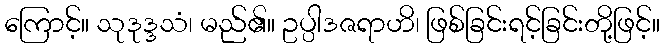
ကြောင့်။ သုဒုဒ္ဒသံ၊ မည်၏။ ဥပ္ပါဒဇရာဟိ၊ ဖြစ်ခြင်းရင့်ခြင်းတို့ဖြင့်။